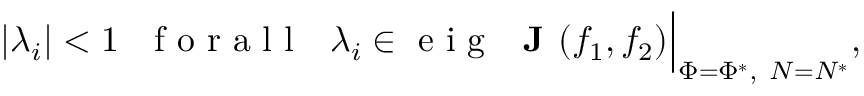
| \lambda _ { i } | < 1 \ \ \mathrm { ~ f ~ o ~ r ~ a ~ l ~ l ~ } \ \ \lambda _ { i } \in \mathrm { ~ e ~ i ~ g ~ } \ \textbf { J } ( f _ { 1 } , f _ { 2 } ) \Big | _ { \Phi = \Phi ^ { * } , \ N = N ^ { * } } ,